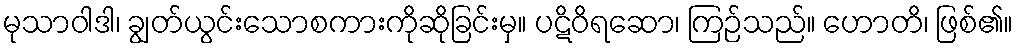
မုသာဝါဒါ၊ ချွတ်ယွင်းသောစကားကိုဆိုခြင်းမှ။ ပဋိဝိရဆော၊ ကြဉ်သည်။ ဟောတိ၊ ဖြစ်၏။